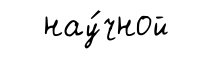
нау́чной